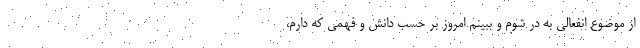
از موضوع انفعالی به در شوم و ببینم امروز بر حسب دانش و فهمی که دارم،